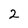
Character: 2